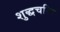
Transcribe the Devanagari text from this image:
शुद्धचरित्र